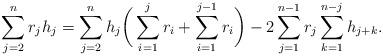
LaTeX: \begin{align*}\sum \limits_{j=2}^{n}r_jh_j=\sum \limits_{j=2}^{n}h_j\bigg(\sum \limits_{i=1}^{j}r_i+\sum \limits_{i=1}^{j-1}r_i\bigg)-2\sum \limits_{j=1}^{n-1}r_j\sum \limits_{k=1}^{n-j}h_{j+k}.\end{align*}